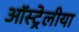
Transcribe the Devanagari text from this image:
ऑस्ट्रेलीया